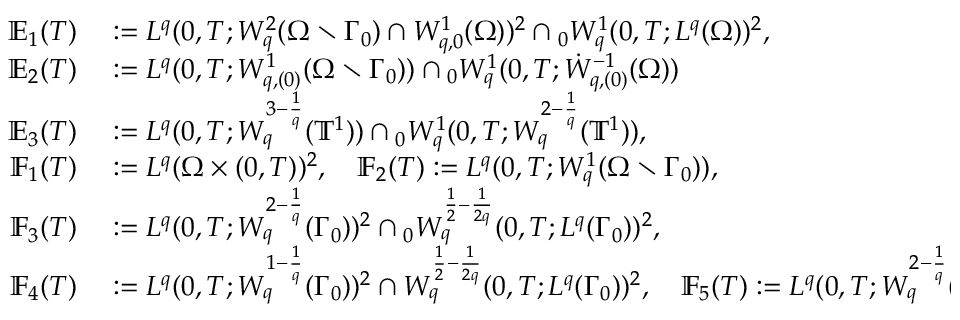
\begin{array} { r l } { \mathbb { E } _ { 1 } ( T ) } & { { } : = L ^ { q } ( 0 , T ; W _ { q } ^ { 2 } ( \Omega \setminus \Gamma _ { 0 } ) \cap W _ { q , 0 } ^ { 1 } ( \Omega ) ) ^ { 2 } \cap { } _ { 0 } W _ { q } ^ { 1 } ( 0 , T ; L ^ { q } ( \Omega ) ) ^ { 2 } , } \\ { \mathbb { E } _ { 2 } ( T ) } & { { } : = L ^ { q } ( 0 , T ; W _ { q , ( 0 ) } ^ { 1 } ( \Omega \setminus \Gamma _ { 0 } ) ) \cap { } _ { 0 } W _ { q } ^ { 1 } ( 0 , T ; \dot { W } _ { q , ( 0 ) } ^ { - 1 } ( \Omega ) ) } \\ { \mathbb { E } _ { 3 } ( T ) } & { { } : = L ^ { q } ( 0 , T ; W _ { q } ^ { 3 - \frac 1 q } ( \ensuremath { \mathbb { T } } ^ { 1 } ) ) \cap { } _ { 0 } W _ { q } ^ { 1 } ( 0 , T ; W _ { q } ^ { 2 - \frac 1 q } ( \ensuremath { \mathbb { T } } ^ { 1 } ) ) , } \\ { \mathbb { F } _ { 1 } ( T ) } & { { } : = L ^ { q } ( \Omega \times ( 0 , T ) ) ^ { 2 } , \quad \mathbb { F } _ { 2 } ( T ) : = L ^ { q } ( 0 , T ; W _ { q } ^ { 1 } ( \Omega \setminus \Gamma _ { 0 } ) ) , } \\ { \mathbb { F } _ { 3 } ( T ) } & { { } : = L ^ { q } ( 0 , T ; W _ { q } ^ { 2 - \frac 1 q } ( \Gamma _ { 0 } ) ) ^ { 2 } \cap { } _ { 0 } W _ { q } ^ { \frac 1 2 - \frac 1 { 2 q } } ( 0 , T ; L ^ { q } ( \Gamma _ { 0 } ) ) ^ { 2 } , \quad } \\ { \mathbb { F } _ { 4 } ( T ) } & { { } : = L ^ { q } ( 0 , T ; W _ { q } ^ { 1 - \frac 1 q } ( \Gamma _ { 0 } ) ) ^ { 2 } \cap W _ { q } ^ { \frac 1 2 - \frac 1 { 2 q } } ( 0 , T ; L ^ { q } ( \Gamma _ { 0 } ) ) ^ { 2 } , \quad \mathbb { F } _ { 5 } ( T ) : = L ^ { q } ( 0 , T ; W _ { q } ^ { 2 - \frac 1 q } ( \ensuremath { \mathbb { T } } ^ { 1 } ) ) , } \end{array}